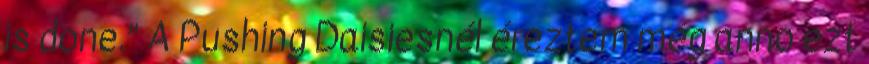
is done.” A Pushing Daisiesnél éreztem még anno ezt